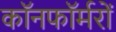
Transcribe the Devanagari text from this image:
कॉनफॉर्मरों